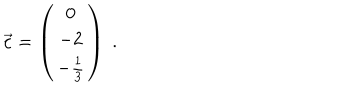
\vec { c } = \left( \begin{array} { c } { { 0 } } \\ { { - 2 } } \\ { { - \frac { 1 } { 3 } } } \\ \end{array} \right) \; .